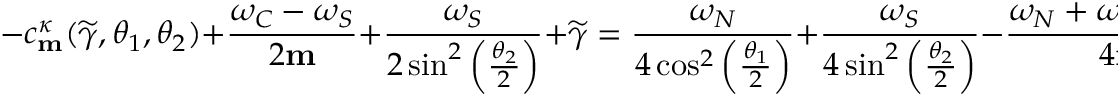
- c _ { \mathbf { m } } ^ { \kappa } ( \widetilde { \gamma } , \theta _ { 1 } , \theta _ { 2 } ) + \frac { \omega _ { C } - \omega _ { S } } { 2 \mathbf { m } } + \frac { \omega _ { S } } { 2 \sin ^ { 2 } \left( \frac { \theta _ { 2 } } { 2 } \right) } + \widetilde { \gamma } = \frac { \omega _ { N } } { 4 \cos ^ { 2 } \left( \frac { \theta _ { 1 } } { 2 } \right) } + \frac { \omega _ { S } } { 4 \sin ^ { 2 } \left( \frac { \theta _ { 2 } } { 2 } \right) } - \frac { \omega _ { N } + \omega _ { S } - 2 \omega _ { C } } { 4 \mathbf { m } } + \kappa \frac { 1 } { 2 } \sqrt { \Delta _ { \mathbf { m } } ( \theta _ { 1 } , \theta _ { 2 } ) } .